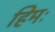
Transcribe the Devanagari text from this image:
हिमः